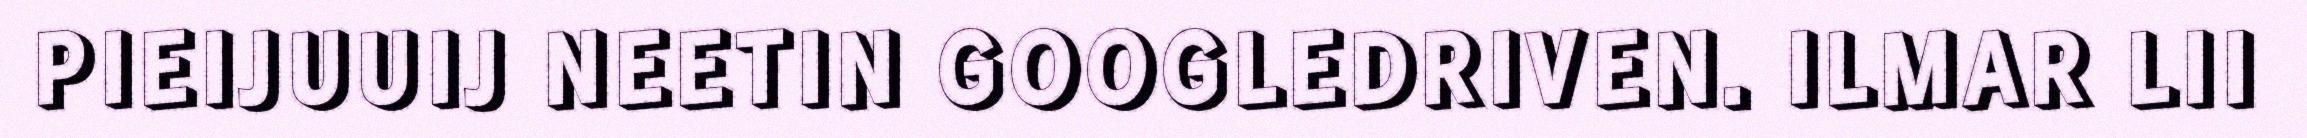
PIEIJUUIJ NEETIN GOOGLEDRIVEN. ILMAR LII